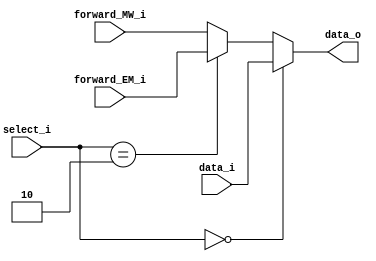
module MUX_forward
(
	select_i,
	data_i,
	forward_EM_i,
	forward_MW_i,
	data_o
);

input [1:0] select_i;
input [31:0] data_i, forward_EM_i, forward_MW_i;
reg [31:0] tmp;
output [31:0] data_o;

assign data_o = tmp;

always@(*) begin
	if(select_i == 2'b00) begin
		tmp = data_i;
	end
	else if(select_i == 2'b10) begin
		tmp = forward_EM_i;
	end
	else begin
		tmp = forward_MW_i;
	end
end

endmodule